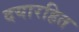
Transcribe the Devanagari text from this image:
दयारहित